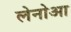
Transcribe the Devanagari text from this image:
लेनोआ